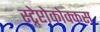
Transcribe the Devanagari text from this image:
स्ट्रेप्टोकोक्कस